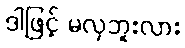
ဒါဖြင့် မလှဘူးလား